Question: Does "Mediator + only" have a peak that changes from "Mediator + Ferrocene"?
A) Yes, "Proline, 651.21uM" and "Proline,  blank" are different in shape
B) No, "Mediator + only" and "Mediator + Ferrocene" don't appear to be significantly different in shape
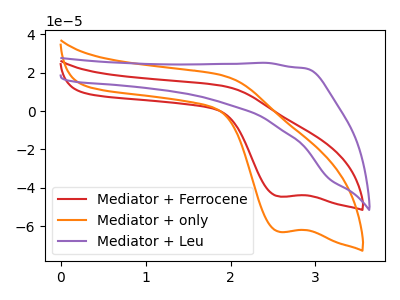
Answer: <think>The red curve "Mediator + Ferrocene" has a cathodic peak at: (2.60V, -44.60uA). The orange curve "Mediator + only" has a cathodic peak at: (2.60V, -63.00uA). The purple curve "Mediator + Leu" has no peaks.
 All the peaks in "Mediator + only" have a peak in "Mediator + Ferrocene" at the same potential. Every peak in "Mediator + only" is higher than every peak in "Mediator + Ferrocene".</think>
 <answer>B) No, "Mediator + only" and "Mediator + Ferrocene" don't appear to be significantly different in shape</answer>
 <eval>B</eval>